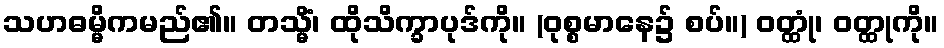
သဟဓမ္မိကမည်၏။ တသ္မိံ၊ ထိုသိက္ခာပုဒ်ကို။ (ဝုစ္စမာနေ၌ စပ်။) ဝတ္ထုံ၊ ဝတ္ထုကို။